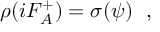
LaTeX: \rho ( i F _ { A } ^ { + } ) = \sigma ( \psi ) ~ ~ ,